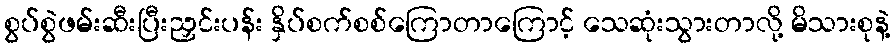
စွပ်စွဲဖမ်းဆီးပြီးညှင်းပန်း နှိပ်စက်စစ်ကြောတာကြောင့် သေဆုံးသွားတာလို့ မိသားစုနဲ့